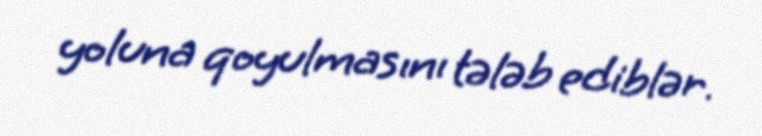
yoluna qoyulmasını tələb ediblər.